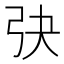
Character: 𢎹